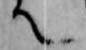
て